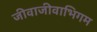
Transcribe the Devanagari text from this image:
जीवाजीवाभिगम